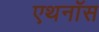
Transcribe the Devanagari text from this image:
एथनॉस